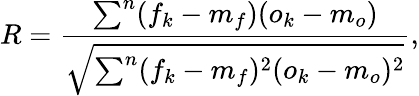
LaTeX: R=\frac{\sum^{n}(f_{k}-m_{f})(o_{k}-m_{o})}{\sqrt{\sum^{n}(f_{k}-m_{f})^{2}(o_{k}-m_{o})^{2}}},